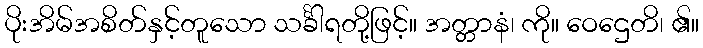
ပိုးအိမ်အစိတ်နှင့်တူသော သင်္ခါရတို့ဖြင့်။ အတ္တာနံ၊ ကို။ ဝေဌေတိ၊ ၏။